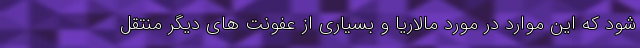
شود که این موارد در مورد مالاریا و بسیاری از عفونت های دیگر منتقل